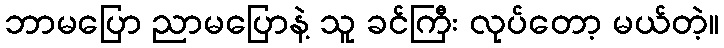
ဘာမပြော ညာမပြောနဲ့ သူ ခင်ကြီး လုပ်တော့ မယ်တဲ့။